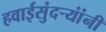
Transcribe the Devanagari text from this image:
हवाईसुंदर्‍यांंनी